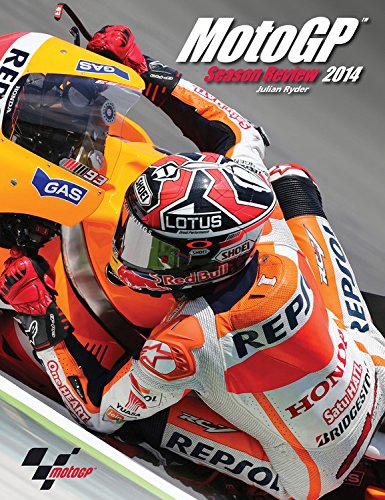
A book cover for Official MotoGP Season Review 2014; Julian Ryder; Arts & Photography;